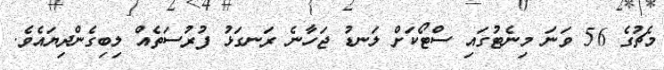
މެޗުގެ 56 ވަނަ މިނެޓުގައި ސްޓޯކަށް ލަނޑު ޖަހާނެ ރަނގަޅު ފުރުސަތެއް ލިބިގެންދިޔައެވެ.